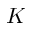
K